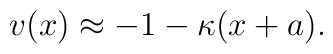
v(x) \approx -1  - \kappa (x + a).